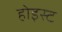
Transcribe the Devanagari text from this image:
होइस्ट